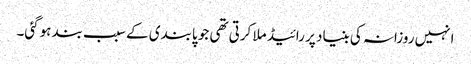
انہیں روزانہ کی بنیاد پر رائیڈ ملا کرتی تھی جو پابندی کے سبب بند ہوگئی۔